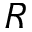
R